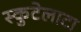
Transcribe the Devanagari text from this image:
स्कुटेलाटा